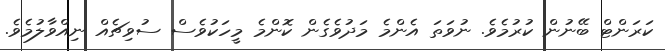
ކަރަންޓް ބޭނުން ކުރުމެވެ. ނުވަތަ އެންމެ މަދުވެގެން ކޮންމެ މީހަކުވެސް ސުވިޗެއް ނިއްވާލުމެވެ.